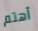
أهتم